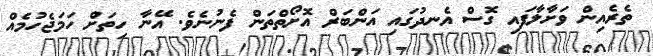
ތެރެއިން ވަށާލާފައި ގޮސް އެނދުގައި އަންބަރް އޮށޯތްތަން ފެނުނެވެ. އޭނާ ހިތަށް ހަމަޖެހުމެއް